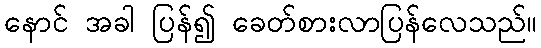
နောင် အခါ ပြန်၍ ခေတ်စားလာပြန်လေသည်။